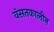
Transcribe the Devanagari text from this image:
वंसतकालीन